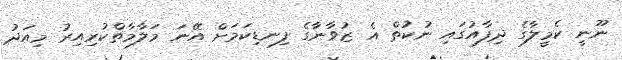
ނޫނީ ކެމީލާގެ ދިފާއުގައި ނުކުތް އެ ޒުވާނާގެ ފިނޑިކަމަށް އޭނަ މަލާމާތްކުރިއިރު މިއަދު